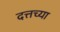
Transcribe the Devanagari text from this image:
दत्तच्या